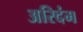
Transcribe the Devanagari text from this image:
अरिदंम